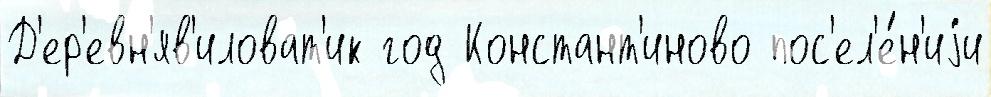
Д'ер'евн'яв'иловат'ик год Констант'иново пос'ел'е́н'иjи